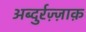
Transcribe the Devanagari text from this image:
अब्दुर्रज़्ज़ाक़